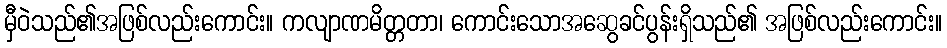
မှီဝဲသည်၏အဖြစ်လည်းကောင်း။ ကလျာဏမိတ္တတာ၊ ကောင်းသောအဆွေခင်ပွန်းရှိသည်၏ အဖြစ်လည်းကောင်း။